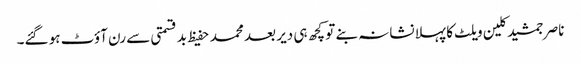
ناصر جمشید کلین ویلٹ کا پہلا نشانہ بنے تو کچھ ہی دیر بعد محمد حفیظ بدقسمتی سے رن آؤٹ ہو گئے۔